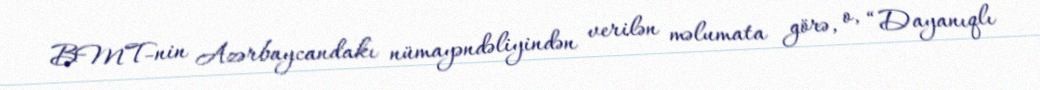
BMT-nin Azərbaycandakı nümayəndəliyindən verilən məlumata görə, o, “Dayanıqlı